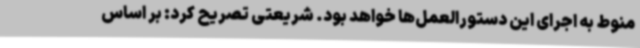
منوط به اجرای این دستورالعمل‌ها خواهد بود. شریعتی تصریح کرد: بر اساس